system: You are a helpful assistant.
user:
Analyze the provided spectrum to determine if it is a **M-type Giant (gM)**.

A M-type Giant spectrum is defined by its **strong molecular absorption** features, particularly from **Titanium Oxide (TiO)**. You must check for one of the following mutually exclusive signatures:

- **Key Visual Indicators (Absorption-Dominated Spectrum):**

    - **(Primary):** The spectrum is dominated by strong molecular absorption from **Titanium Oxide (TiO)**. This is the **defining feature** of its M-type temperature class.
        - **(Key Bandheads):** Look for sharp, "saw-tooth" absorption valleys. The strongest are located near **~7050 Å**, **~6160 Å**, and **~5170 Å**.
        - **(Line Profile):** The "saw-tooth" morphology is critical: a **sharp, steep drop on the BLUE (short-wavelength) side** of the bandhead, followed by a gradual recovery (rising flux) towards the RED (long-wavelength) side.

    - **(Key Confirmation - Giant vs. Dwarf):** **ABSENCE** of strong **Calcium Hydride (CaH)** molecular bands. This is the primary diagnostic for *excluding* M-dwarfs.
        - **(Key Region):** The spectrum should lack the strong, broad absorption band seen in dwarfs between **~6800 Å and ~7000 Å**.

    - **(Secondary Confirmation - Giant):** A very strong and broad **Neutral Calcium (Ca I)** atomic absorption line.
        - **(Key Line):** Located at **~4226 Å**. In a giant (gM), this line is significantly deeper and broader than the same line in an M-dwarf (dM) due to low surface gravity.

    - **(Overall Spectrum):**
        - The continuum is **extremely red-sloping** (i.e., flux is very low in the blue and rises dramatically towards the red).
        - The entire spectrum appears "chopped up" by the deep TiO bands.

Think first, call **spectral_visualization_tool** if needed to examine features in detail, then provide your final answer. Your response must adhere to the following strict rules:
1.  **Overall Structure:** Your response must follow the format `<think>...</think> <tool_call>...</tool_call> (if a tool is used) <answer>...</answer>`.
2.  **Tool Usage Constraint:** You may only make **one** tool call per turn.
3.  **Final Answer Format:** In the `<answer>` tag, your conclusion must be inside a `\boxed{}` command (e.g., `\boxed{YES}` or `\boxed{NO}`), followed by your justification.

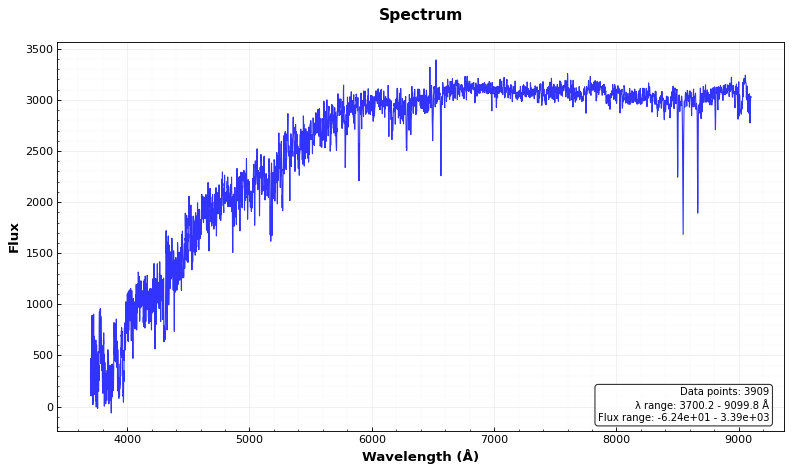
Answer: NO